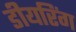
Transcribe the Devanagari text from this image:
डीयरिंग